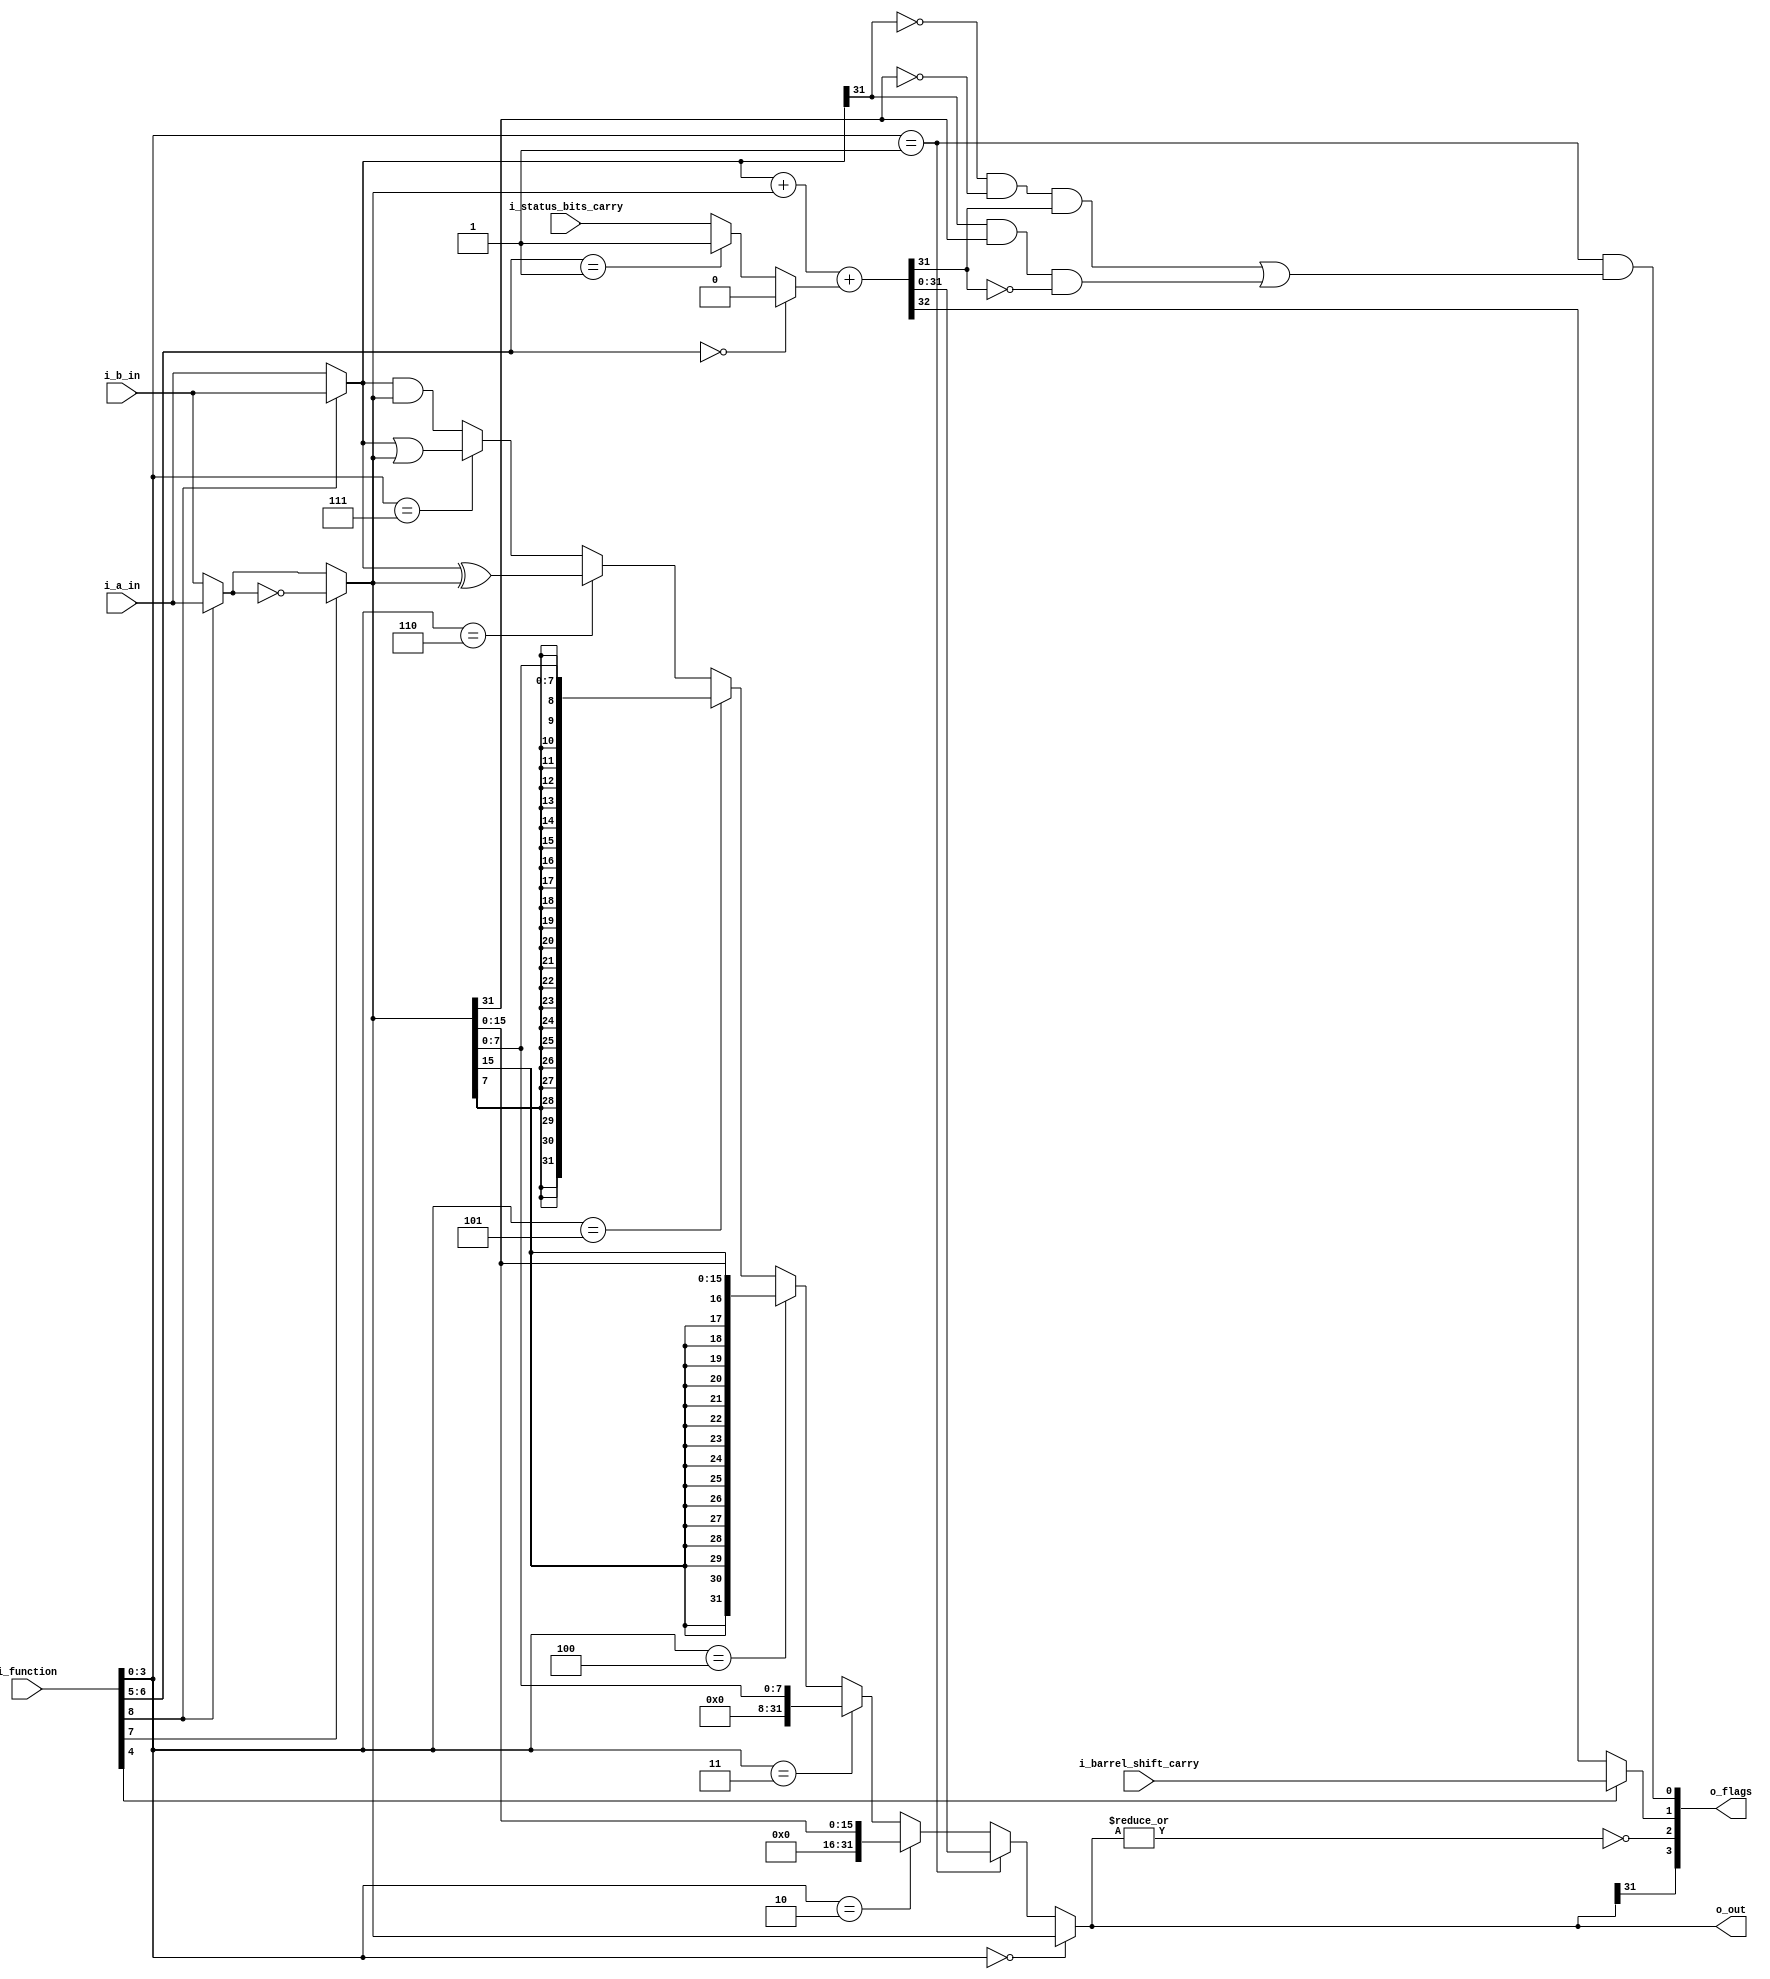
`define ADDR_WIDTH_21_8 8
`define DATA_WIDTH_21_8 21
`define ADDR_WIDTH_128_8 8
`define DATA_WIDTH_128_8 128
`define _A25_CONFIG_DEFINES
`define A25_ICACHE_WAYS 4
`define A25_DCACHE_WAYS 4
`define _A25_CONFIG_DEFINES
`define A25_ICACHE_WAYS 4
`define A25_DCACHE_WAYS 4
//`define A25_DECOMPILE
//`define A25_COPRO15_DEBUG
//`define A25_CACHE_DEBUG
//    `define A25_DECOMPILE_FILE    "amber.dis"

module a25_alu (
 
		i_a_in,
		i_b_in,
		i_barrel_shift_carry,
		i_status_bits_carry,
		i_function, 
		o_out,
		o_flags
);

/************************* IO Declarations *********************/
input       [31:0]          i_a_in;
input       [31:0]          i_b_in;
input                       i_barrel_shift_carry;
input                       i_status_bits_carry;
input       [8:0]           i_function;
 
output      [31:0]          o_out;
output      [3:0]           o_flags;
 
/*********************** Signal Declarations *******************/
wire     [31:0]         a;
wire     [31:0]         b;
wire     [31:0]         b_not;
wire     [31:0]         and_out;
wire     [31:0]         or_out;
wire     [31:0]         xor_out;
wire     [31:0]         sign_ex8_out;
wire     [31:0]         sign_ex_16_out;
wire     [31:0]         zero_ex8_out;
wire     [31:0]         zero_ex_16_out;
wire     [32:0]         fadder_out;
wire                    swap_sel;
wire                    not_sel;
wire     [1:0]          cin_sel;
wire                    cout_sel;
wire     [3:0]          out_sel;
wire                    carry_in;
wire                    carry_out;
wire                    overflow_out;
wire                    fadder_carry_out;
 
assign  { swap_sel, not_sel, cin_sel, cout_sel, out_sel } = i_function;
 

assign a     = (swap_sel ) ? i_b_in : i_a_in ;
 
// ========================================================
// B Select
// ========================================================
assign b     = (swap_sel ) ? i_a_in : i_b_in ;
 
// ========================================================
// Not Select
// ========================================================
assign b_not     = (not_sel ) ? ~b : b ;
 
// ========================================================
// Cin Select
// ========================================================
assign carry_in  = (cin_sel==2'd0 ) ? 1'd0                   :
                   (cin_sel==2'd1 ) ? 1'd1                   :
                                      i_status_bits_carry    ;  // add with carry
 
// ========================================================
// Cout Select
// ========================================================
assign carry_out = (cout_sel==1'd0 ) ? fadder_carry_out     :
                                       i_barrel_shift_carry ;
 
// For non-addition/subtractions that incorporate a shift 
// operation, C is set to the last bit
// shifted out of the value by the shifter.
 
 
// ========================================================
// Overflow out
// ========================================================
// Only assert the overflow flag when using the adder
assign  overflow_out    = out_sel == 4'd1 &&
                            // overflow if adding two positive numbers and get a negative number
                          ( (!a[31] && !b_not[31] && fadder_out[31]) ||
                            // or adding two negative numbers and get a positive number
                            (a[31] && b_not[31] && !fadder_out[31])     );
 
 
// ========================================================
// ALU Operations
// ========================================================
 

assign fadder_out       = { 1'd0,a} + {1'd0,b_not} + {32'd0,carry_in};
                                              
 
assign fadder_carry_out = fadder_out[32];
assign and_out          = a & b_not;
assign or_out           = a | b_not;
assign xor_out          = a ^ b_not;
assign zero_ex8_out     = {24'd0,  b_not[7:0]};
assign zero_ex_16_out   = {16'd0,  b_not[15:0]};
assign sign_ex8_out     = {{24{b_not[7]}},  b_not[7:0]};
assign sign_ex_16_out   = {{16{b_not[15]}}, b_not[15:0]};
 
// ========================================================
// Out Select
// ========================================================
assign o_out = out_sel == 4'd0 ? b_not            : 
               out_sel == 4'd1 ? fadder_out[31:0] : 
               out_sel == 4'd2 ? zero_ex_16_out   :
               out_sel == 4'd3 ? zero_ex8_out     :
               out_sel == 4'd4 ? sign_ex_16_out   :
               out_sel == 4'd5 ? sign_ex8_out     :
               out_sel == 4'd6 ? xor_out          :
               out_sel == 4'd7 ? or_out           :
                                 and_out          ;
 
assign o_flags       = {  o_out[31],      // negative
                         |o_out == 1'd0,  // zero
                         carry_out,       // carry
                         overflow_out     // overflow
                         };
 

endmodule